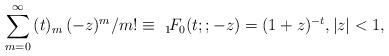
LaTeX: \begin{align*}\sum_{m=0}^\infty \,(t)_m \,(-z)^m/m! \equiv \ _1\!F_0(t;;-z) = (1+z)^{-t}, |z|<1, \end{align*}